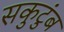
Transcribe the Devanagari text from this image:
सकुटुंब